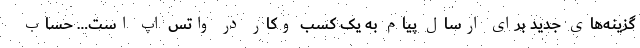
گزینه‌های جدید برای ارسال پیام به یک کسب وکار در واتس اپ است… حساب